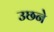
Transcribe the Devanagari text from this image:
उछने